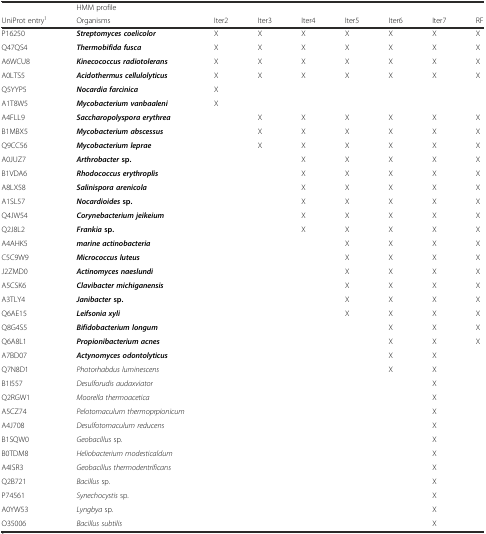
<table><thead><tr><td></td><td colspan="8"><b>HMM profile</b></td></tr><tr><td><b>UniProt entry<sup>1</sup></b></td><td><b>Organisms</b></td><td><b>Iter2</b></td><td><b>Iter3</b></td><td><b>Iter4</b></td><td><b>Iter5</b></td><td><b>Iter6</b></td><td><b>Iter7</b></td><td><b>RF</b></td></tr></thead><tbody><tr><td>P16250</td><td><b><i>Streptomyces coelicolor</i></b></td><td>X</td><td>X</td><td>X</td><td>X</td><td>X</td><td>X</td><td>X</td></tr><tr><td>Q47QS4</td><td><b><i>Thermobifida fusca</i></b></td><td>X</td><td>X</td><td>X</td><td>X</td><td>X</td><td>X</td><td>X</td></tr><tr><td>A6WCU8</td><td><b><i>Kinecococcus radiotolerans</i></b></td><td>X</td><td>X</td><td>X</td><td>X</td><td>X</td><td>X</td><td>X</td></tr><tr><td>A0LTS5</td><td><b><i>Acidothermus cellulolyticus</i></b></td><td>X</td><td>X</td><td>X</td><td>X</td><td>X</td><td>X</td><td>X</td></tr><tr><td>Q5YYP5</td><td><b><i>Nocardia farcinica</i></b></td><td>X</td><td></td><td></td><td></td><td></td><td></td><td></td></tr><tr><td>A1T8W5</td><td><b><i>Mycobacterium vanbaaleni</i></b></td><td>X</td><td></td><td></td><td></td><td></td><td></td><td></td></tr><tr><td>A4FLL9</td><td><b><i>Saccharopolyspora erythrea</i></b></td><td></td><td>X</td><td>X</td><td>X</td><td>X</td><td>X</td><td>X</td></tr><tr><td>B1MBX5</td><td><b><i>Mycobacterium abscessus</i></b></td><td></td><td>X</td><td>X</td><td>X</td><td>X</td><td>X</td><td>X</td></tr><tr><td>Q9CC56</td><td><b><i>Mycobacterium leprae</i></b></td><td></td><td>X</td><td>X</td><td>X</td><td>X</td><td>X</td><td>X</td></tr><tr><td>A0JUZ7</td><td><b><i>Arthrobacter</i></b><b>sp.</b></td><td></td><td></td><td>X</td><td>X</td><td>X</td><td>X</td><td>X</td></tr><tr><td>B1VDA6</td><td><b><i>Rhodococcus erythroplis</i></b></td><td></td><td></td><td>X</td><td>X</td><td>X</td><td>X</td><td>X</td></tr><tr><td>A8LX58</td><td><b><i>Salinispora arenicola</i></b></td><td></td><td></td><td>X</td><td>X</td><td>X</td><td>X</td><td>X</td></tr><tr><td>A1SL57</td><td><b><i>Nocardioides</i></b><b>sp.</b></td><td></td><td></td><td>X</td><td>X</td><td>X</td><td>X</td><td>X</td></tr><tr><td>Q4JW54</td><td><b><i>Corynebacterium jeikeium</i></b></td><td></td><td></td><td>X</td><td>X</td><td>X</td><td>X</td><td>X</td></tr><tr><td>Q2J8L2</td><td><b><i>Frankia</i></b><b>sp.</b></td><td></td><td></td><td>X</td><td>X</td><td>X</td><td>X</td><td>X</td></tr><tr><td>A4AHK5</td><td><b><i>marine actinobacteria</i></b></td><td></td><td></td><td></td><td>X</td><td>X</td><td>X</td><td>X</td></tr><tr><td>C5C9W9</td><td><b><i>Micrococcus luteus</i></b></td><td></td><td></td><td></td><td>X</td><td>X</td><td>X</td><td>X</td></tr><tr><td>J2ZMD0</td><td><b><i>Actinomyces naeslundi</i></b></td><td></td><td></td><td></td><td>X</td><td>X</td><td>X</td><td>X</td></tr><tr><td>A5CSK6</td><td><b><i>Clavibacter michiganensis</i></b></td><td></td><td></td><td></td><td>X</td><td>X</td><td>X</td><td>X</td></tr><tr><td>A3TLY4</td><td><b><i>Janibacter</i></b><b>sp.</b></td><td></td><td></td><td></td><td>X</td><td>X</td><td>X</td><td>X</td></tr><tr><td>Q6AE15</td><td><b><i>Leifsonia xyli</i></b></td><td></td><td></td><td></td><td>X</td><td>X</td><td>X</td><td>X</td></tr><tr><td>Q8G4S5</td><td><b><i>Bifidobacterium longum</i></b></td><td></td><td></td><td></td><td></td><td>X</td><td>X</td><td>X</td></tr><tr><td>Q6A8L1</td><td><b><i>Propionibacterium acnes</i></b></td><td></td><td></td><td></td><td></td><td>X</td><td>X</td><td>X</td></tr><tr><td>A7BD07</td><td><b><i>Actynomyces odontolyticus</i></b></td><td></td><td></td><td></td><td></td><td>X</td><td>X</td><td></td></tr><tr><td>Q7N8D1</td><td><i>Photorhabdus luminescens</i></td><td></td><td></td><td></td><td></td><td>X</td><td>X</td><td></td></tr><tr><td>B1I557</td><td><i>Desulforudis audaxviator</i></td><td></td><td></td><td></td><td></td><td></td><td>X</td><td></td></tr><tr><td>Q2RGW1</td><td><i>Moorella thermoacetica</i></td><td></td><td></td><td></td><td></td><td></td><td>X</td><td></td></tr><tr><td>A5CZ74</td><td><i>Pelotomaculum thermoprpionicum</i></td><td></td><td></td><td></td><td></td><td></td><td>X</td><td></td></tr><tr><td>A4J708</td><td><i>Desulfotomaculum reducens</i></td><td></td><td></td><td></td><td></td><td></td><td>X</td><td></td></tr><tr><td>B1SQW0</td><td><i>Geobacillus</i> sp.</td><td></td><td></td><td></td><td></td><td></td><td>X</td><td></td></tr><tr><td>B0TDM8</td><td><i>Heliobacterium modesticaldum</i></td><td></td><td></td><td></td><td></td><td></td><td>X</td><td></td></tr><tr><td>A4ISR3</td><td><i>Geobacillus thermodentrificans</i></td><td></td><td></td><td></td><td></td><td></td><td>X</td><td></td></tr><tr><td>Q2B721</td><td><i>Bacillus</i> sp.</td><td></td><td></td><td></td><td></td><td></td><td>X</td><td></td></tr><tr><td>P74561</td><td><i>Synechocystis</i> sp.</td><td></td><td></td><td></td><td></td><td></td><td>X</td><td></td></tr><tr><td>A0YW53</td><td><i>Lyngbya</i> sp.</td><td></td><td></td><td></td><td></td><td></td><td>X</td><td></td></tr><tr><td>O35006</td><td><i>Bacillus subtilis</i></td><td></td><td></td><td></td><td></td><td></td><td>X</td><td></td></tr></tbody></table>